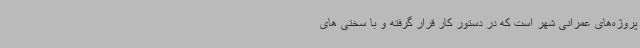
پروژه‌های عمرانی شهر است که در دستور کار قرار گرفته و با سختی های